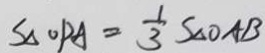
S _ { \Delta } O P A = \frac { 1 } { 3 } S _ { \Delta } O A B